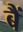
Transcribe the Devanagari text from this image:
बैं